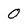
Character: 0